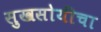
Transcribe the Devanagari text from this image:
सुखसोयींचा